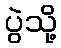
ပွဲသို့